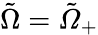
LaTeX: \tilde{\Omega}=\tilde{Ω}_{+}